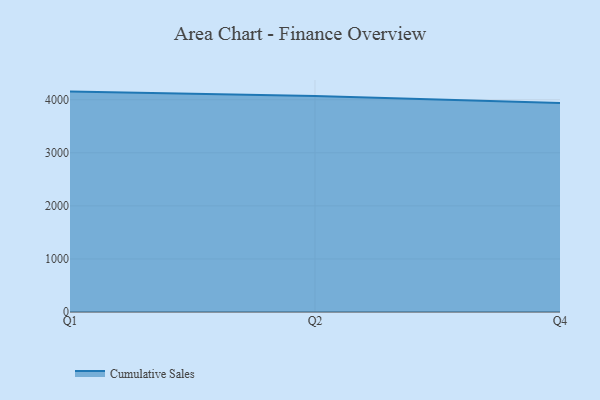
{"axis": {"x": "Quarter", "y": "Budget (USD K)"}, "legend": ["Cumulative Sales"], "data": [{"x": "Q1", "y": 4152.8, "type": "Cumulative Sales"}, {"x": "Q2", "y": 4068.0, "type": "Cumulative Sales"}, {"x": "Q4", "y": 3940.2, "type": "Cumulative Sales"}]}